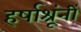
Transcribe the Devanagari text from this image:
हर्षाश्रूंनीं